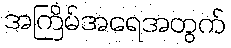
အကြိမ်အရေအတွက်